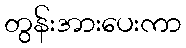
တွန်းအားပေးကာ